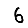
Digit: 6